King Institute of Preventive Medicine Micro-Biological Section reports 1912-19
Year: 1912
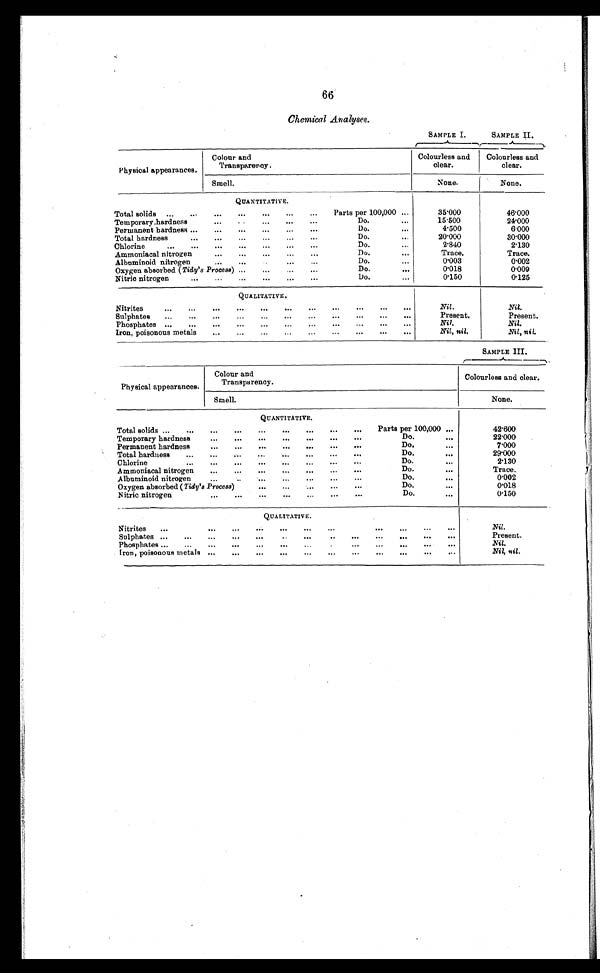
66
Chemical Analyses.
SAMPLE I.
SAMPLE II.
Physical appearances.
Colour and
Transparency.
Colourless and
clear.
Colourless and
clear.
Smell.
None.
None.
Q U A N T I T A T I V E .
Total solids
...
..
Parts per 100,000 ...
35.000
46.000
Temporary hardness
Do.
.
. .
.
15.500
24.000
Permanent hardness ...
Do.
. .
4.500
6.000
Total hardness
...
Do.
20.000
30.000
Chlorine
...
...
...
Do.
...
2.840
2.130
Ammoniacal nitrogen
...
...
Do.
Trace.
Trace.
Albuminoid nitrogen
..
..
Do.
...
0.003
0.002
Oxygen absorbed ( Tidy's Process) ...
...
...
..
Do.
0.018
0.009
Nitric nitrogen
.
.
..
Do.
...
0.150
0.125
Q U A L I T A T I V E .
Nitrites
...
...
...
.
..
Nil.
Nil.
Sulphates
..
. . . . ... . ..
Present.
Present.
Phosphates ...
...
...
...
...
...
.
...
Nil.
Nil.
Iron, poisonous metals
.....
—
...
Nil, nil.
Nil, nil.
SAMPLE III .
Physical appearances.
Colour and
Transparency.
Colourless and clear.
Smell.
None.
QUANTITATIVE.
Total solids ...
...
...
..
Parts per 100,000 ...
42.600
Temporary hardness
...
.
Do.
. .
22.000
Permanent hardness
...
...
...
Do.
...
7.000
Total hardness
...
..
.
Do.
.
29.000
Chlorine
...
...
...
...
...
...
Do.
2.130
Ammoniacal nitrogen
...
...
Do.
Trace.
Albuminoid nitrogen
...
...
.
Do.
0.002
Oxygen absorbed ( Tidy's Process)
...
...
Do.
...
0.018
Nitric nitrogen
.
...
...
...
...
...
Do.
. .
0.150
QUALITATIVE.
..
Nitrites
...
...
...
...
...
Nil.
Sulphates ...
.
...
...
...
Present.
Phosphates ...
...
...
Nil.
Iron, poisonous metals ...
...
.
...
...
...
...
...
...
...
Nil, nil.